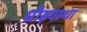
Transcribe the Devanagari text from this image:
प्रौढ़वस्था